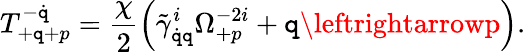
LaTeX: T_{+\mathtt{q}+p}^{-\dot{{\mathtt{q}}}}=\frac{{\chi}}{{2}}\left(\tilde{{\gamma}}_{\dot{{\mathtt{q}}}\mathtt{q}}^{i}\Omega_{+p}^{-2i}+\mathtt{q}\leftrightarrowp\right).